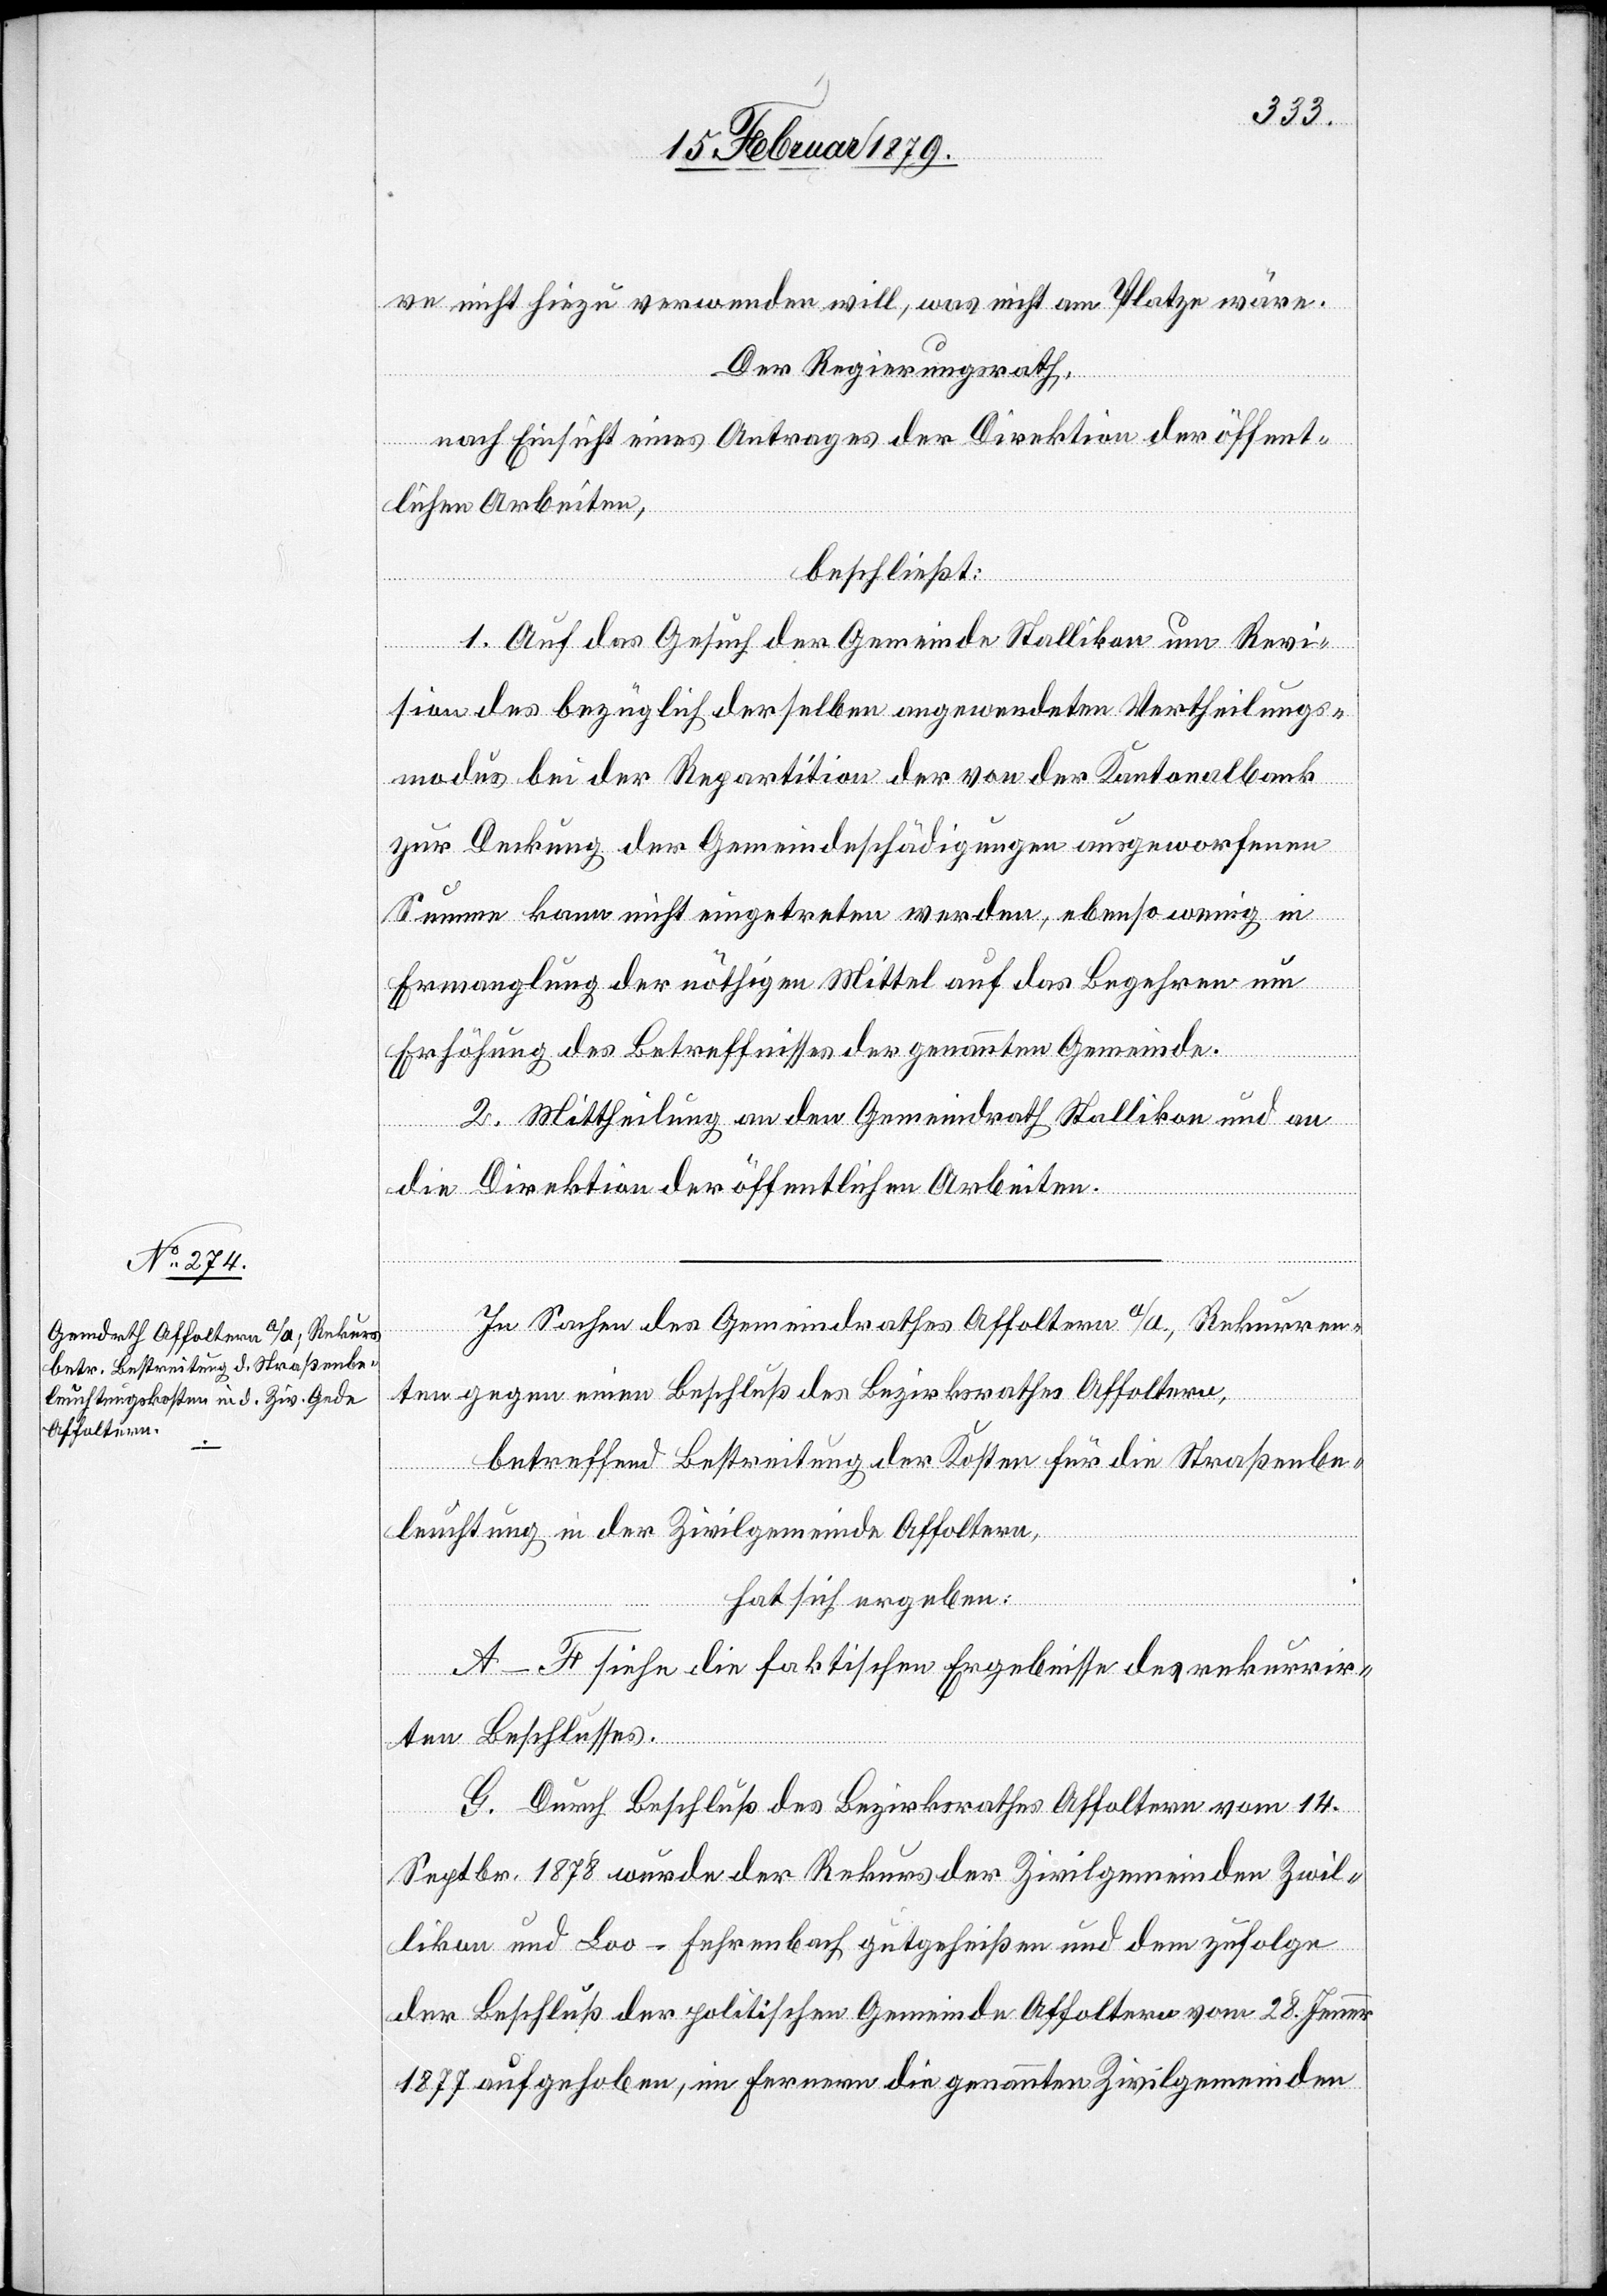
ve nicht hiezu verwenden will, was nicht am Platze wäre.
Der Regierungsrath,
nach Einsicht eines Antrages der Direktion der öffent¬
lichen Arbeiten,
beschließt:
1. Auf das Gesuch der Gemeinde Stallikon um Revi¬
sion des bezüglich derselben angewendeten Vertheilungs¬
modus bei der Repartition der von der Kantonalbank
zur Deckung der Gemeindeschädigungen ausgeworfenen
Summe kann nicht eingetreten werden, ebenso wenig in
Ermanglung der nöthigen Mittel auf das Begehren um
Erhöhung des Betreffnisses der genannten Gemeinde.
2. Mittheilung an den Gemeindrath Stallikon und an
die Direktion der öffentlichen Arbeiten.
In Sachen des Gemeindrathes Affoltern a/A., Rekurren¬
ten gegen einen Beschluß des Bezirksrathes Affoltern,
betreffend Bestreitung der Kosten für die Straßenbe¬
leuchtung in der Zivilgemeinde Affoltern,
hat sich ergeben:
A–F siehe die faktischen Ergebnisse des rekurrir¬
ten Beschlusses.
G. Durch Beschluß des Bezirksrathes Affoltern vom 14.
Septbr. 1878 wurde der Rekurs der Zivilgemeinden Zwil¬
likon und Loo-Fehrenbach gutgeheißen und dem zufolge
der Beschluß der politischen Gemeinde Affoltern vom 28. Jenner
1878 aufgehoben, im Fernern die genannten Zivilgemeinden